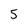
Character: 5